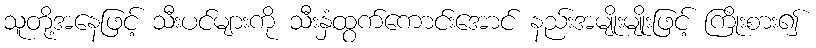
သူတို့အနေဖြင့် သီးပင်များကို သီးနှံထွက်ကောင်းအောင် နည်းအမျိုးမျိုးဖြင့် ကြိုးစား၍